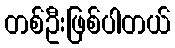
တစ်ဦးဖြစ်ပါတယ်